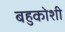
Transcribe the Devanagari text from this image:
बहुकोशी